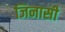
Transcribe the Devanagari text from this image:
जिनासी